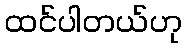
ထင်ပါတယ်ဟု